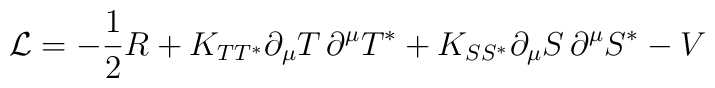
{\cal{L}} =  -\frac{1}{2}R +K_{TT^*} \partial_{\mu}T\,\partial^{\mu}T^*+ K_{SS^*}\partial_{\mu}S\,\partial^{\mu}S^*-V